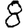
Digit: 8